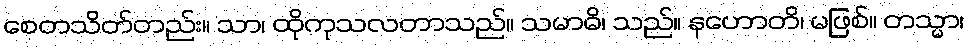
စေတသိတ်တည်း။ သာ၊ ထိုကုသလတာသည်။ သမာဓိ၊ သည်။ နဟောတိ၊ မဖြစ်။ တသ္မာ၊